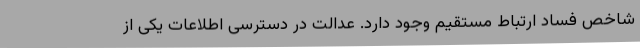
شاخص فساد ارتباط مستقیم وجود دارد. عدالت در دسترسی اطلاعات یکی از